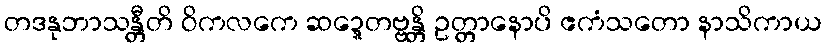
တဒနုဘာသန္တီတိ ဝိကလကေ ဆဍ္ဍေတဗ္ဗန္တိ ဥတ္တာနောပိ ဧကံသတော နာသိကာယ